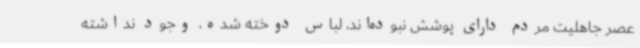
عصر جاهلیت مردم دارای پوشش نبوده‌اند، لباس دوخته شده، وجود نداشته